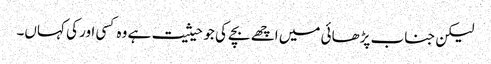
لیکن جناب پڑھائی میں اچھے بچے کی جو حیثیت ہے وہ کسی اور کی کہاں۔